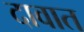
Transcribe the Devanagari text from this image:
दावात